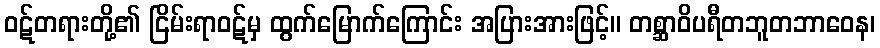
ဝဋ်တရားတို့၏ ငြိမ်းရာဝဋ်မှ ထွက်မြောက်ကြောင်း အပြားအားဖြင့်။ တစ္ဆာဝိပရီတဘူတဘာဝေန၊